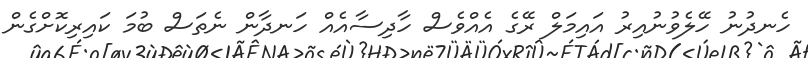
ހެނދުނު ހޭލެވުނުއިރު އައިމަލް ރޭގެ އެއްވެސް ހާދިސާއެއް ހަނދާން ނެތަސް ބުމަ ކައިރިކޮށްގެން